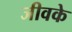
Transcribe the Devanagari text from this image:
जीवके